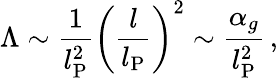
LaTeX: \Lambda\sim\frac{1}{l_{\mathrm{P}}^{2}}\left(\frac{l}{l_{\mathrm{P}}}\right)^{2}\sim\frac{\alpha_{g}}{l_{\mathrm{P}}^{2}}\, ,